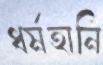
ধর্মহানি